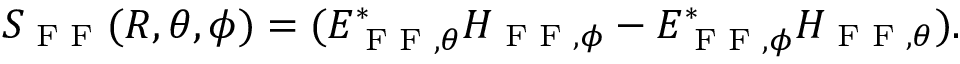
\begin{array} { r } { S _ { \textrm { F F } } ( R , \theta , \phi ) = ( E _ { \textrm { F F } , \theta } ^ { * } H _ { \textrm { F F } , \phi } - E _ { \textrm { F F } , \phi } ^ { * } H _ { \textrm { F F } , \theta } ) . } \end{array}